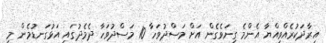
އިރާދަކުރެއްވިއްޔާ އެންމެ ގިނަވެގެން އަށް މަސްދުވަހާ 10 މަސްދުވަހާ ދެމެދުގައި އަޅުގަނޑުމެން މި